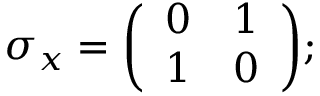
\sigma _ { x } = { \biggl ( } { \begin{array} { l l } { 0 } & { 1 } \\ { 1 } & { 0 } \end{array} } { \biggr ) } ;